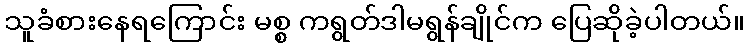
သူခံစားနေရကြောင်း မစ္စ ကရွတ်ဒါမရွန်ချိုင်က ပြေဆိုခဲ့ပါတယ်။